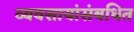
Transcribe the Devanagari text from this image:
व्यवसायांसंबधित